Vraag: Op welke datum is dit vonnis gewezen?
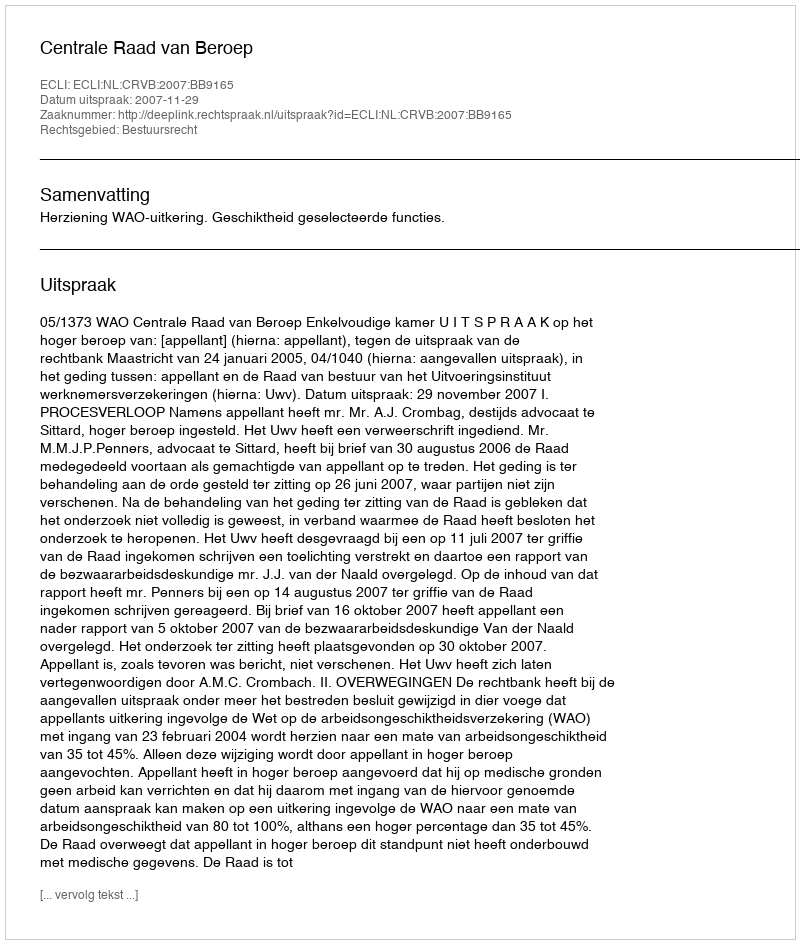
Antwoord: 2007-11-29